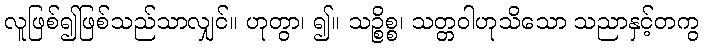
လူဖြစ်၍ဖြစ်သည်သာလျှင်။ ဟုတွာ၊ ၍။ သဉ္စိစ္စ၊ သတ္တဝါဟုသိသော သညာနှင့်တကွ